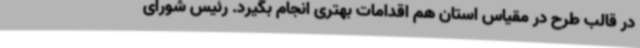
در قالب طرح در مقیاس استان هم اقدامات بهتری انجام بگیرد. رئیس شورای